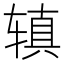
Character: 𫟥